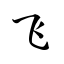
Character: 飞